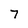
Character: 7